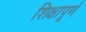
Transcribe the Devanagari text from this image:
शिक्षापूर्ण